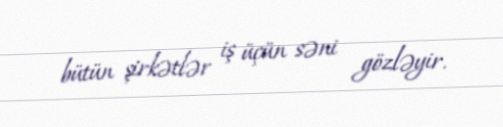
bütün şirkətlər iş üçün səni gözləyir.